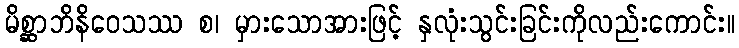
မိစ္ဆာဘိနိဝေသဿ စ၊ မှားသောအားဖြင့် နှလုံးသွင်းခြင်းကိုလည်းကောင်း။